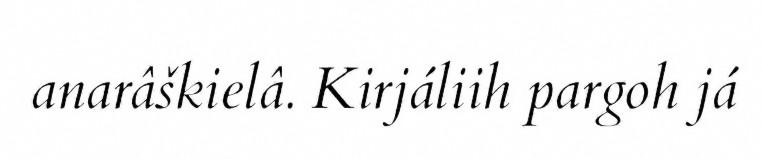
anarâškielâ. Kirjáliih pargoh já